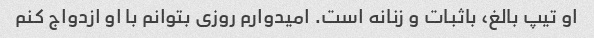
او تیپ بالغ، باثبات و زنانه است. امیدوارم روزی بتوانم با او ازدواج کنم